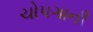
ચોપગાની